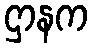
ဌာနက